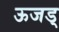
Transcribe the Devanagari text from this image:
ऊजड्